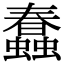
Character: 蠢